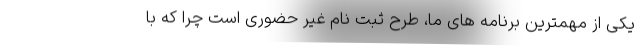
یکی از مهمترین برنامه های ما، طرح ثبت نام غیر حضوری است چرا که با